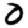
Digit: 0